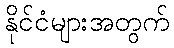
နိုင်ငံများအတွက်